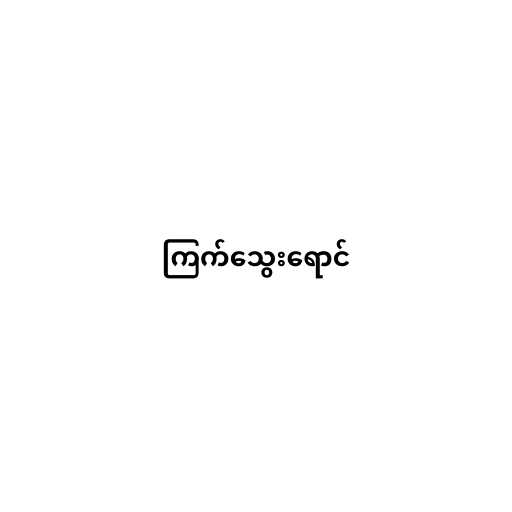
ကြက်သွေးရောင်